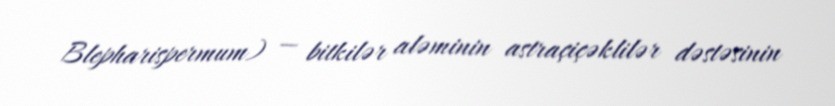
Blepharispermum) — bitkilər aləminin astraçiçəklilər dəstəsinin